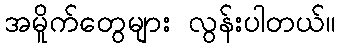
အမိူက်တွေများ လွန်းပါတယ်။